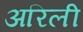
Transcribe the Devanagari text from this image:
अरिली